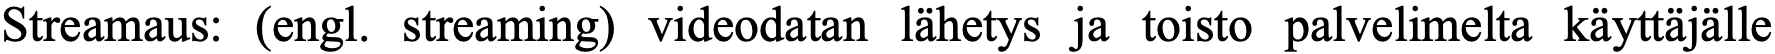
Streamaus: (engl. streaming) videodatan lähetys ja toisto palvelimelta käyttäjälle